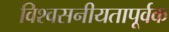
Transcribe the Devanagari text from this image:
विश्वसनीयतापूर्वक